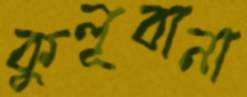
কুলূবানা